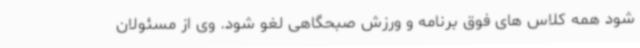
شود همه کلاس های فوق برنامه و ورزش صبحگاهی لغو شود. وی از مسئولان